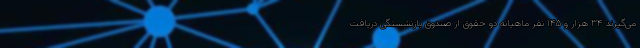
می‌گیرند ۳۴ هزار و ۱۴۵ نفر ماهیانه دو حقوق از صندوق بازنشستگی دریافت